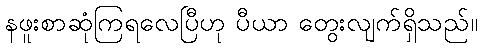
နဖူးစာဆုံကြရလေပြီဟု ပီယာ တွေးလျက်ရှိသည်။